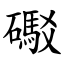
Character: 礟